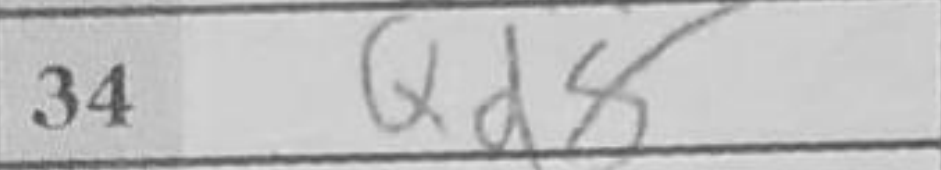
Transcription: Qd8